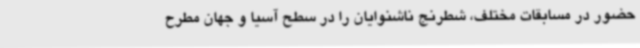
حضور در مسابقات مختلف، شطرنج ناشنوایان را در سطح آسیا و جهان مطرح